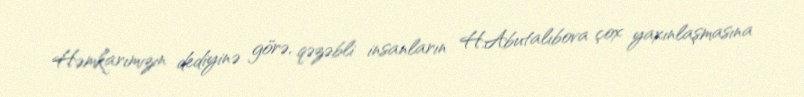
Həmkarımızın dediyinə görə, qəzəbli insanların H.Abutalıbova çox yaxınlaşmasına